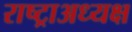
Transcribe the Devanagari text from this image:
राष्ट्राअध्यक्ष